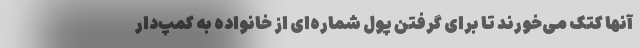
آنها کتک می‌خورند تا برای گرفتن پول شماره‌ای از خانواده به کمپ‌دار